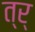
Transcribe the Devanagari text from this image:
त्र्